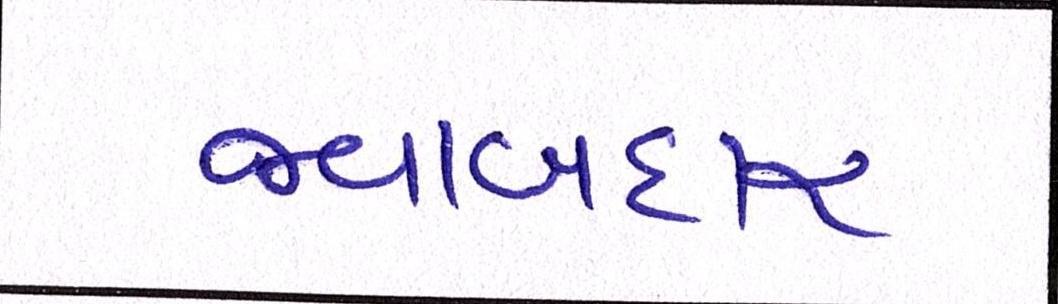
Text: જવાબદાર